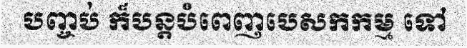
បញ្ចប់ ក៏បន្តបំពេញបេសកកម្ម ទៅ